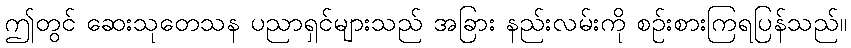
ဤတွင် ဆေးသုတေသန ပညာရှင်များသည် အခြား နည်းလမ်းကို စဉ်းစားကြရပြန်သည်။